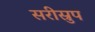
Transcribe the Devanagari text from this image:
सरीस्रुप